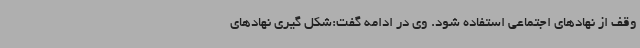
وقف از نهادهای اجتماعی استفاده شود. وی در ادامه گفت:شکل گیری نهادهای